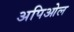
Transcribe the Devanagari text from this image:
अपिओल